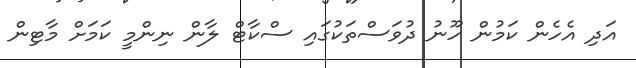
އަދި އެހެން ކަމުން ހޫނު ދުވަސްތަކުގައި ސްކާޓް ލާން ނިންމީ ކަމަށް މާޓިން